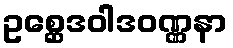
ဥစ္ဆေဒဝါဒဝဏ္ဏနာ